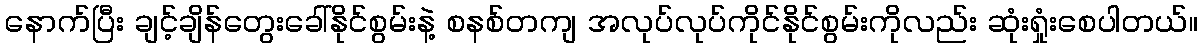
နောက်ပြီး ချင့်ချိန်တွေးခေါ်နိုင်စွမ်းနဲ့ စနစ်တကျ အလုပ်လုပ်ကိုင်နိုင်စွမ်းကိုလည်း ဆုံးရှုံးစေပါတယ်။